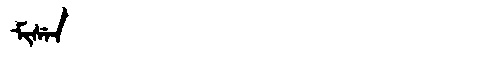
Manchu: ᠮᡳᠰᡝᠨ
Romanization: MISEN